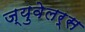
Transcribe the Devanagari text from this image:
ज्युवेलर्स